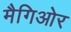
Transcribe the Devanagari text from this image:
मैगिओर